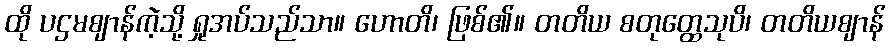
ထို ပဌမဈာန်ကဲ့သို့ ရှုအပ်သည်သာ။ ဟောတိ၊ ဖြစ်၏။ တတိယ စတုတ္ထေသုပိ၊ တတိယဈာန်